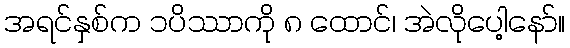
အရင်နှစ်က ၁ပိဿာကို ၈ ထောင်၊ အဲလိုပေါ့နော်။